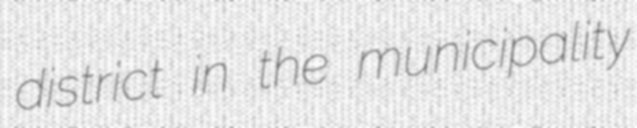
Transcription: district in the municipality